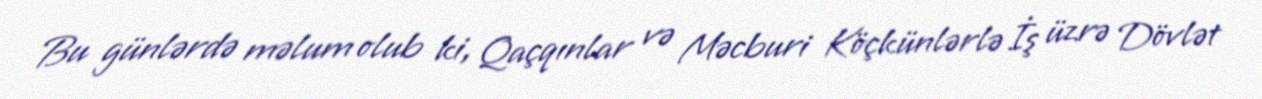
Bu günlərdə məlum olub ki, Qaçqınlar və Məcburi Köçkünlərlə İş üzrə Dövlət